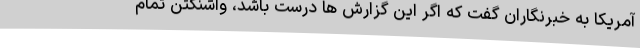
آمریکا به خبرنگاران گفت که اگر این گزارش ها درست باشد، واشنگتن تمام